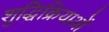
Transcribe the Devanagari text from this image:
शुद्धिक्रियाओं